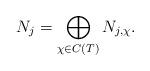
LaTeX: \begin{align*}N_j=\bigoplus_{\chi\in C(T)}N_{j,\chi}.\end{align*}